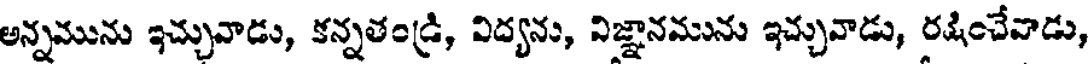
అన్నమును ఇచ్చువాడు, కన్నతండ్రి, విద్యను, విజ్ఞానమును ఇచ్చువాడు, రక్షించేవాడు,